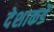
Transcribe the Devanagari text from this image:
देशाकडे